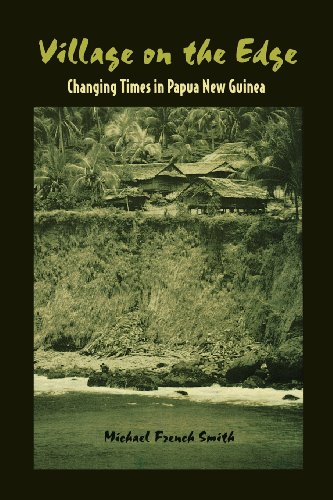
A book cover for Village on the Edge: Changing Times in Papua New Guinea; Michael French Smith; History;